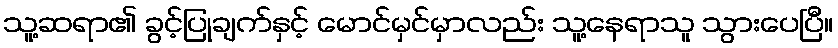
သူ့ဆရာ၏ ခွင့်ပြုချက်နှင့် မောင်မှင်မှာလည်း သူ့နေရာသူ သွားပေပြီ။